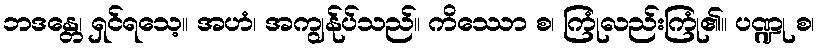
ဘဒန္တေ၊ ရှင်ရသေ့။ အဟံ၊ အကျွန်ုပ်သည်။ ကိဿော စ၊ ကြုံလည်းကြုံ၏။ ပဏ္ဍု စ၊